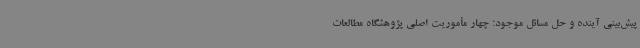
پیش‌بینی آینده و حل مسائل موجود؛ چهار مأموریت اصلی پژوهشگاه مطالعات